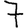
Digit: 7